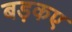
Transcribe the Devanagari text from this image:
बड़कए